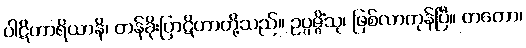
ပါဋိဟာရိယာနိ၊ တန်ခိုးပြာဋိဟာတို့သည်။ ဥပ္ပဇ္ဇိံသု၊ ဖြစ်လာကုန်ပြီ။ တတော၊